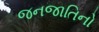
જનજાતિનો